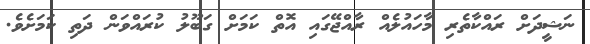
ނަޝީދަށް ރައްކާތެރި މާހައުލެއް ރާއްޖޭގައި އޮތް ކަމަށް ގަބޫލު ކުރައްވަން ދަތި ކަމަށެވެ.